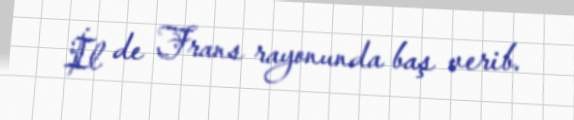
İl de Frans rayonunda baş verib.